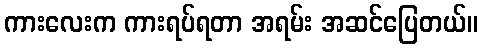
ကားလေးက ကားရပ်ရတာ အရမ်း အဆင်ပြေတယ်။